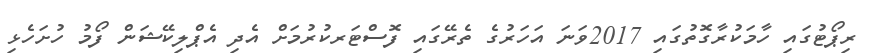
ރިޕޯޓުގައި ހާމަކުރާގޮތުގައި 2017ވަނަ އަހަރުގެ ތެރޭގައި ފޮސްޓަރކުރުމަށް އެދި އެޕްލިކޭޝަން ފޯމު ހުށަހެޅި